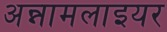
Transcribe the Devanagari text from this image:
अन्नामलाइयर